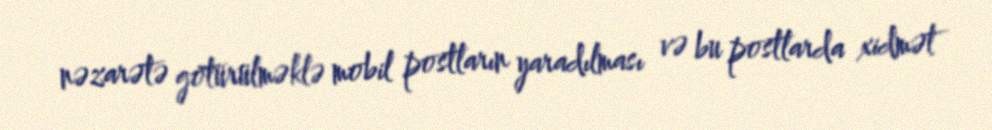
nəzarətə götürülməklə mobil postların yaradılması və bu postlarda xidmət